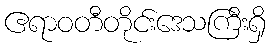
ဧရာဝတီတိုင်းဒေသကြီးရှိ